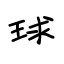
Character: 球